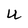
Character: U